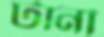
টানী